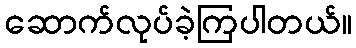
ဆောက်လုပ်ခဲ့ကြပါတယ်။